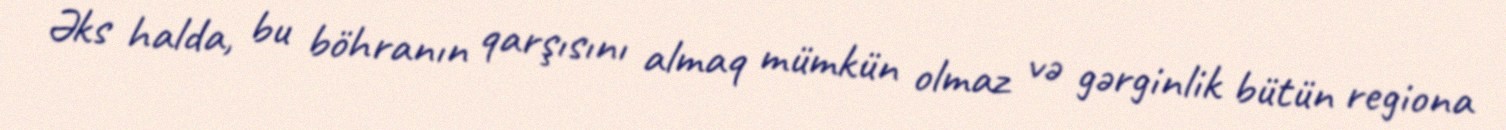
Əks halda, bu böhranın qarşısını almaq mümkün olmaz və gərginlik bütün regiona